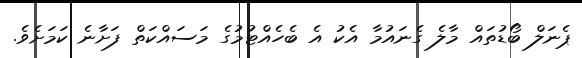
ޕެނަލް ބޯޑުތައް މާލެ ގެނައުމާ އެކު އެ ބެހެއްޓުމުގެ މަސައްކަތް ފަށާނެ ކަމަށެވެ.